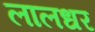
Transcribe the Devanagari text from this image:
लालधर